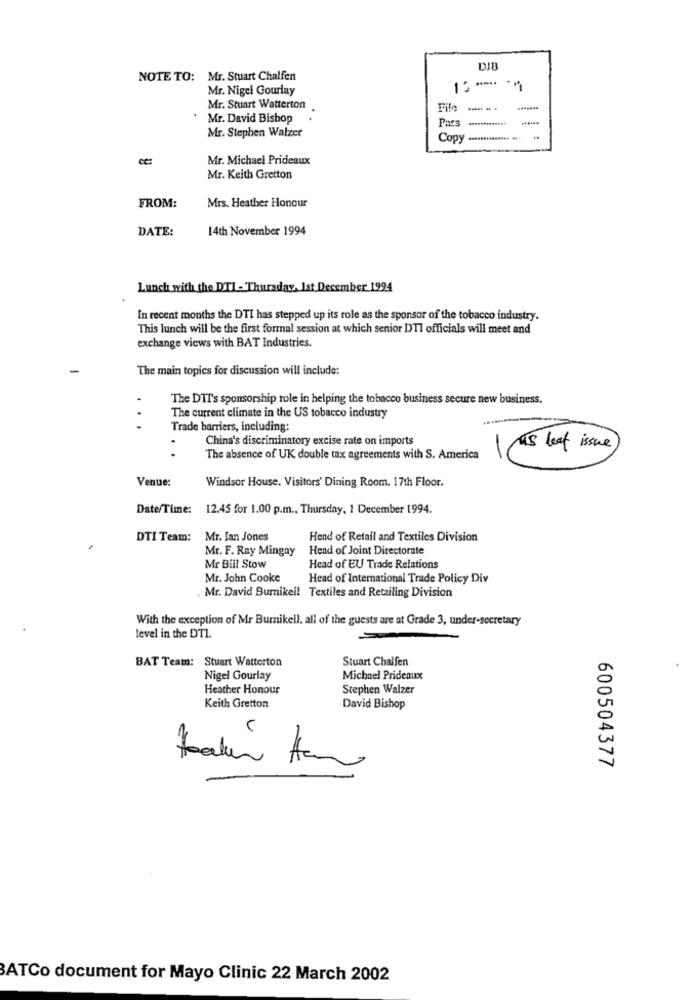
NOTE TO: Mr. Stuart Chalfen
Mr. Nigel Gourlay
Mr. Stuart Watterton
Fila
Mr. David Bishop
Pues
Mr. Stephen Walzer
Copy ............** **
cc:
Mr. Michael Prideaux
Mr. Keith Gretton
FROM:
Mrs. Heather Honour
DATE:
14th November 1994
Lunch with the DTI - Thursday, Ist December 1994
In recent months the DTI has stepped up its role as the sponsor of the tobacco industry.
This lunch will be the first formal session at which senior DTI officials will meet and
exchange views with BAT Industries.
The main topics for discussion will include:
The DIT's sponsorship role in helping the tobacco business secure new business.
The current climate in the US tobacco industry
...
Trade barriers, including:
China's discriminatory excise rate on imports
1 s leaf issue
The absence of UK double tax agreements with S. America
Venue:
Windsor House, Visitors' Dining Room. 17th Floor.
Date/Time:
12.45 for 1.00 p.m ., Thursday, 1 December 1994.
DTI Team:
Mr. Ian Jones
Hend of Retail and Textiles Division
Mr. F. Ray Mingny
Head of Joint Directorate
Mr Bill Stow
Head of EU Trade Relations
Mr. John Cooke
Head of International Trade Policy Div
Mr. David Burnikel! Textiles and Retailing Division
With the exception of Mr Bumnikell, all of the guests are at Grade 3, under-secretary
level in the DT1.
BAT Team: Stuart Wetterton
Stuart Chalfen
Nigel Gourlay
Michael Prideaux
Heather Honour
Stephen Walzer
Keith Gretton
David Bishop
600504377
BATCo document for Mayo Clinic 22 March 2002